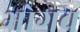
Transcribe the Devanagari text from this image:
भोगव